Civil Veterinary Department Bengal reports 1933-51 - 1933-1951
Year: 1933
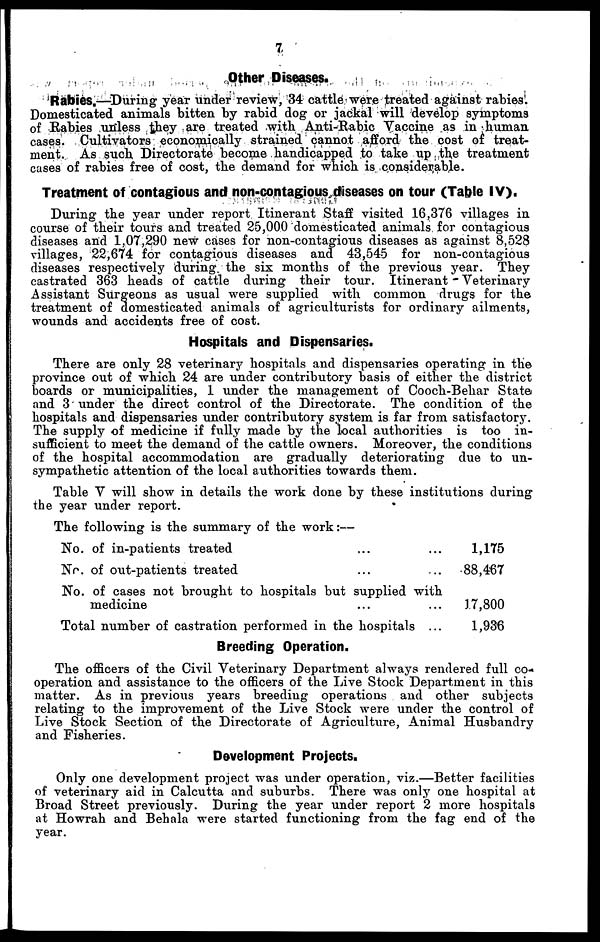
7
Other Diseases.
Rabies.—During year under review, 34 cattle were treated against rabies.
Domesticated animals bitten by rabid dog or jackal will develop symptoms
of Rabies unless they are treated with Anti-Rabic Vaccine as in human
cases. Cultivators economically strained cannot afford the cost of treat-
ment. As such Directorate become handicapped to take up the treatment
cases of rabies free of cost, the demand for which is considerable.
Treatment of contagious and non-contagious diseases on tour (Table IV).
During the year under report Itinerant Staff visited 16,376 villages in
course of their tours and treated 25,000 domesticated animals for contagious
diseases and 1,07,290 new cases for non-contagious diseases as against 8,528
villages, 22,674 for contagious diseases and 43,545 for non-contagious
diseases respectively during the six months of the previous year. They
castrated 363 heads of cattle during their tour. Itinerant - Veterinary
Assistant Surgeons as usual were supplied with common drugs for the
treatment of domesticated animals of agriculturists for ordinary ailments,
wounds and accidents free of cost.
Hospitals and Dispensaries.
There are only 28 veterinary hospitals and dispensaries operating in the
province out of which 24 are under contributory basis of either the district
boards or municipalities, 1 under the management of Cooch-Behar State
and 3 under the direct control of the Directorate. The condition of the
hospitals and dispensaries under contributory system is far from satisfactory.
The supply of medicine if fully made by the local authorities is too in-
sufficient to meet the demand of the cattle owners. Moreover, the conditions
of the hospital accommodation are gradually deteriorating due to un-
sympathetic attention of the local authorities towards them.
Table V will show in details the work done by these institutions during
the year under report.
The following is the summary of the work :—
No. of in-patients treated ... ...
No. of out-patients treated ... ...
No. of cases not brought to hospitals but supplied with
medicine ... ...
Total number of castration performed in the hospitals ...
1,175
88,467
17,800
1,936
Breeding Operation.
The officers of the Civil Veterinary Department always rendered full co-
operation and assistance to the officers of the Live Stock Department in this
matter. As in previous years breeding operations and other subjects
relating to the improvement of the Live Stock were under the control of
Live Stock Section of the Directorate of Agriculture, Animal Husbandry
and Fisheries.
Development Projects.
Only one development project was under operation, viz.—Better facilities
of veterinary aid in Calcutta and suburbs. There was only one hospital at
Broad Street previously. During the year under report 2 more hospitals
at Howrah and Behala were started functioning from the fag end of the
year.